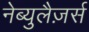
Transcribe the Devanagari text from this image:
नेब्युलैज़र्स